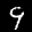
Label: 9